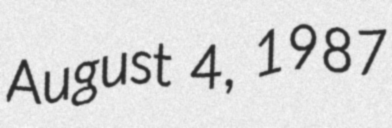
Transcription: August 4, 1987